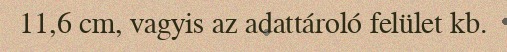
11,6 cm, vagyis az adattároló felület kb.